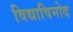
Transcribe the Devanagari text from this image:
विद्याविनोद